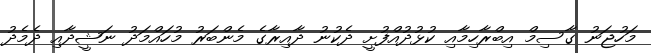
މަހުޖަނު ގާސިމް އިބްރާހިމާއި ކުޅުދުއްފުށީ ދެކުނު ދާއިރާގެ މެންބަރު މުހައްމަދު ނަޝީދާއި ދެމެދު